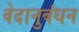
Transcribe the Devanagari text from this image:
वेदानुबंधन